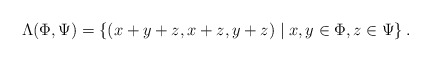
\begin{align*} \Lambda(\Phi, \Psi) = \left\lbrace (x + y + z, x + z, y + z) \mid x,y \in \Phi, z \in \Psi \right\rbrace. \end{align*}